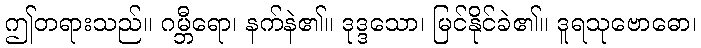
ဤတရားသည်။ ဂမ္ဘီရော၊ နက်နဲ၏။ ဒုဒ္ဒသော၊ မြင်နိုင်ခဲ၏။ ဒူရသုဗောဓော၊